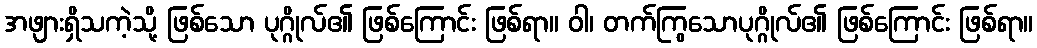
အဖျားရှိသကဲ့သို့ ဖြစ်သော ပုဂ္ဂိုလ်၏ ဖြစ်ကြောင်း ဖြစ်ရာ။ ဝါ၊ တက်ကြွသောပုဂ္ဂိုလ်၏ ဖြစ်ကြောင်း ဖြစ်ရာ။